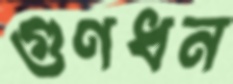
গুণধন